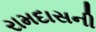
રામદાસની